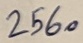
Text: 2560